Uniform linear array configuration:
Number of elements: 24
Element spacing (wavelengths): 0.25
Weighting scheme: exponential
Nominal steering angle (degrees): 30
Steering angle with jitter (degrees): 28.775
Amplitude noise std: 0.05
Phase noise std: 0.05

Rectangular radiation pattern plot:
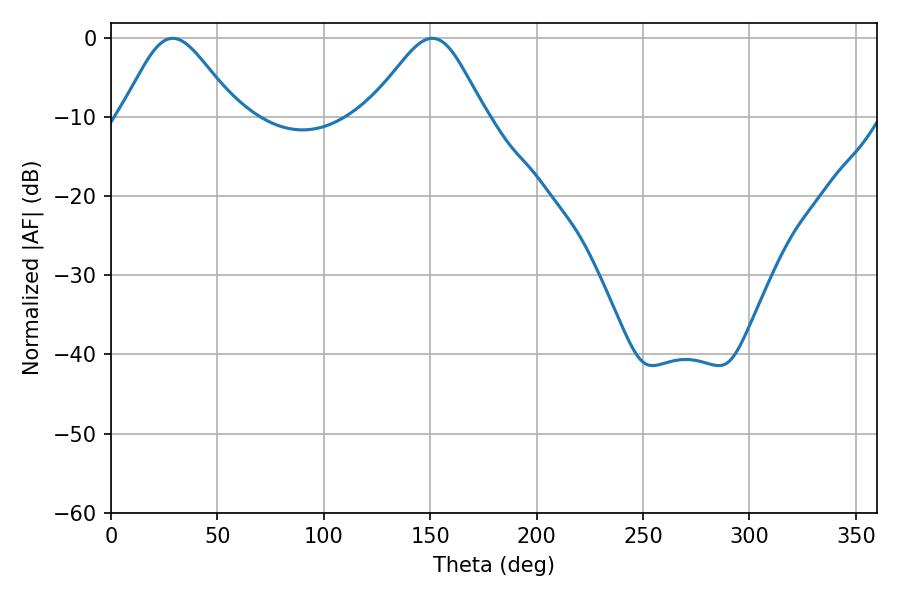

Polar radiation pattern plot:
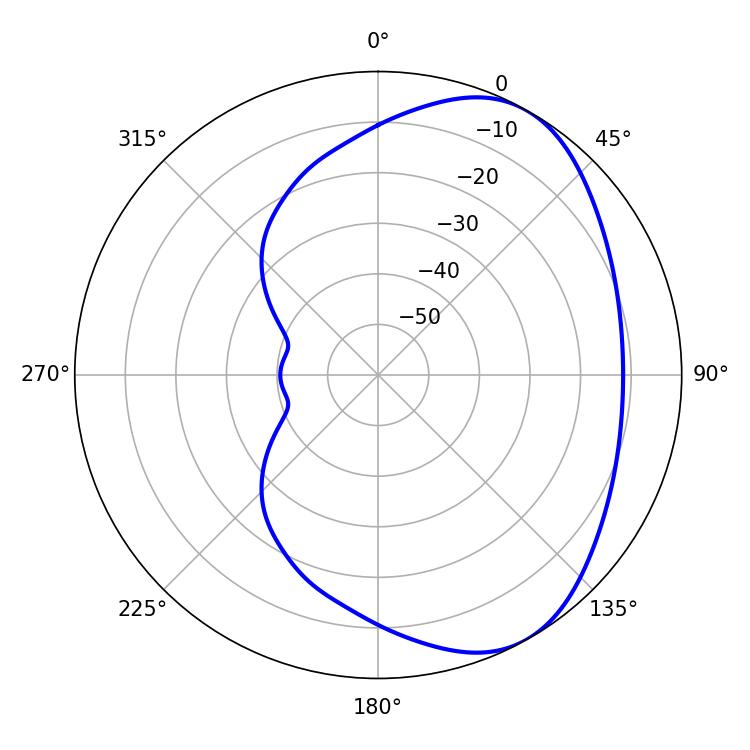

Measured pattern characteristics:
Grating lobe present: FALSE
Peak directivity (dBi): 5.125
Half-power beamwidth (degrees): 27
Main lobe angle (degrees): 28.98